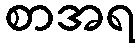
စာအရ